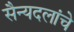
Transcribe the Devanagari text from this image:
सैन्यदलांचे